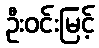
ဦးဝင်းမြင့်